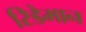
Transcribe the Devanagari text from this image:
रिडेमान